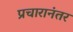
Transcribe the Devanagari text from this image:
प्रचारानंतर